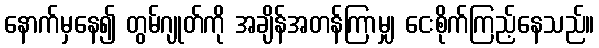
နောက်မှနေ၍ တွမ်ဂျုတ်ကို အချိန်အတန်ကြာမျှ ငေးစိုက်ကြည့်နေသည်။